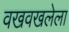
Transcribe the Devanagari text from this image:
वखवखलेला